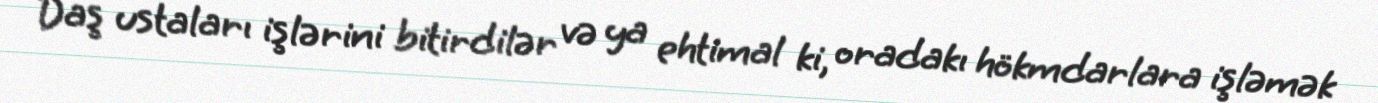
Daş ustaları işlərini bitirdilər və ya ehtimal ki, oradakı hökmdarlara işləmək